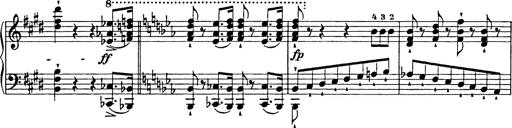
Title: Festmarsch zur SÃ¤cularfeier von Goethes Geburtstag
Composer: Franz Liszt